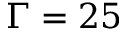
\Gamma = 2 5